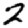
Digit: 2